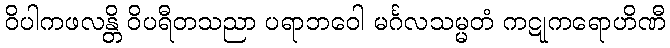
ဝိပါကဖလန္တိ ဝိပရီတသညာ ပရာဘဝေါ မင်္ဂလသမ္မတံ ကဋုကရောဟိဏီ